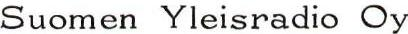
Suomen Yleisradio Oy